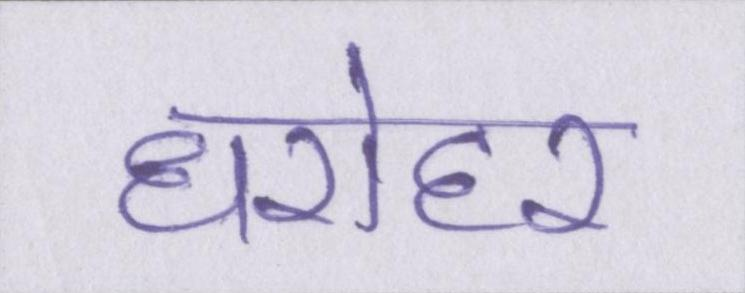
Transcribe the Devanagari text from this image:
धरोहर